Civil Veterinary Dept. Bombay admin report 1893-99 - 1893-1899
Year: 1893
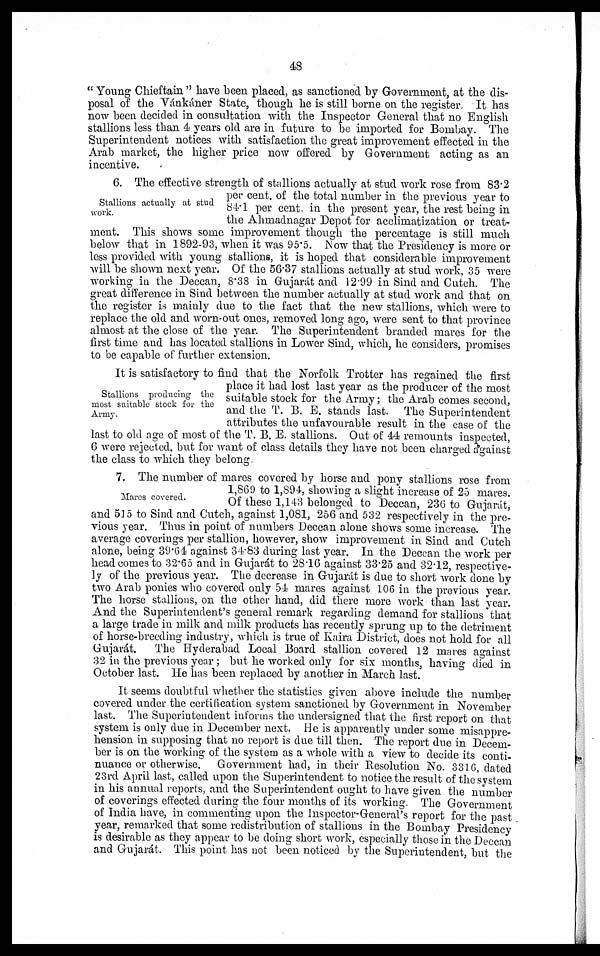
48
"Young Chieftain" have been placed, as sanctioned by Government, at the dis-
posal of the Vánkáner State, though he is still borne on the register. It has
now been decided in consultation with the Inspector General that no English
stallions less than 4 years old are in future to be imported for Bombay. The
Superintendent notices with satisfaction the great improvement effected in the
Arab market, the higher price now offered by Government acting as an
incentive.
Stallions actually at stud
work.
6. The effective strength of stallions actually at stud work rose from 83.2
per cent. of the total number in the previous year to
84.1 per cent. in the present year, the rest being in
the Ahmadnagar Depot for acclimatization or treat-
ment. This shows some improvement though the percentage is still much
below that in 1892-93, when it was 95.5. Now that the Presidency is more or
less provided with young stallions, it is hoped that considerable improvement
will be shown next year. Of the 56.37 stallions actually at stud work, 35 were
working in the Deccan, 8.38 in Gujarát and 12.99 in Sind and Cutch. The
great difference in Sind between the number actually at stud work and that on
the register is mainly due to the fact that the new stallions, which were to
replace the old and worn-out ones, removed long ago, were sent to that province
almost at the close of the year. The Superintendent branded mares for the
first time and has located stallions in Lower Sind, which, he considers, promises
to be capable of further extension.
Stallions producing the
most suitable stock for the
Army.
It is satisfactory to find that the Norfolk Trotter has regained the first
place it had lost last year as the producer of the most
suitable stock for the Army; the Arab comes second,
and the T. B. E. stands last. The Superintendent
attributes the unfavourable result in the case of the
last to old age of most of the T. B. E. stallions. Out of 44 remounts inspected,
6 were rejected, but for want of class details they have not been charged against
the class to which they belong
Mares covered.
7. The number of mares covered by horse and pony stallions rose from
1,869 to 1,894, showing a slight increase of 25 mares.
Of these 1,143 belonged to Deccan, 236 to Gujarat,
and 515 to Sind and Cutch, against 1,081, 256 and 532 respectively in the pre-
vious year. Thus in point of numbers Deccan alone shows some increase. The
average coverings per stallion, however, show improvement in Sind and Cutch
alone, being 39.64 against 34.83 during last year. In the Deccan the work per
head comes to 32.65 and in Gujarát to 28.16 against 33.25 and 32.12, respective-
ly of the previous year. The decrease in Gujarát is due to short work done by
two Arab ponies who covered only 54 mares against 106 in the previous year.
The horse stallions, on the other hand, did there more work than last year.
And the Superintendent's general remark regarding demand for stallions that
a large trade in milk and milk products has recently sprung up to the detriment
of horse-breeding industry, which is true of Kaira District, does not hold for all
Gujarát.
The Hyderabad Local Board stallion covered 12 mares against
32 in the previous year; but he worked only for six months, having died in
October last. He has been replaced by another in March last.
It seems doubtful whether the statistics given above include the number
covered under the certification system sanctioned by Government in November
last. The Superintendent informs the undersigned that the first report on that
system is only due in December next. He is apparently under some misappre-
hension in supposing that no report is due till then. The report due in Decem-
ber is on the working of the system as a whole with a view to decide its conti-
nuance or otherwise. Government had, in their Resolution No. 3316, dated
23rd April last, called upon the Superintendent to notice the result of the system
in his annual reports, and the Superintendent ought to have given the number
of coverings effected during the four months of its working. The Government
of India have, in commenting upon the Inspector-General's report for the past
year, remarked that some redistribution of stallions in the Bombay Presidency
is desirable as they appear to be doing short work, especially those in the Deccan
and Gujarát. This point has not been noticed by the Superintendent, but the